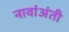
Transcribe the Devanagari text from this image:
नावांअंती